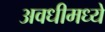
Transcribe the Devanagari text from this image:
अवधीमध्ये